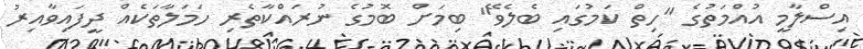
އިސްލާމީ އުއްމަތުގެ "ހިތް ކަމުގައި ބެލެވޭ" ބިމަށް ބޮމުގެ ނުރައްކާތެރި ހަމަލާތަކެއް ދީފައިވާއިރު